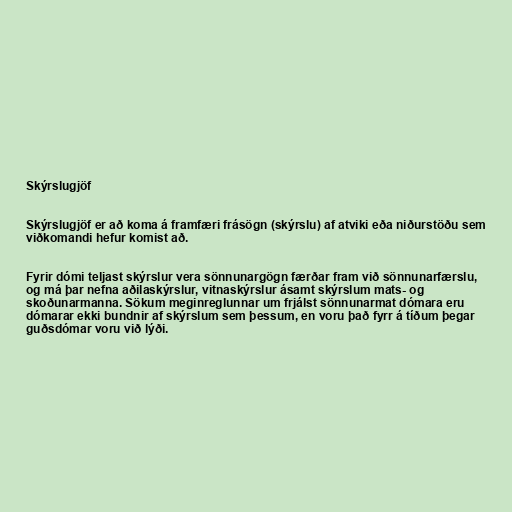
Skýrslugjöf

Skýrslugjöf er að koma á framfæri frásögn (skýrslu) af atviki eða niðurstöðu sem
viðkomandi hefur komist að.

Fyrir dómi teljast skýrslur vera sönnunargögn færðar fram við sönnunarfærslu,
og má þar nefna aðilaskýrslur, vitnaskýrslur ásamt skýrslum mats- og
skoðunarmanna. Sökum meginreglunnar um frjálst sönnunarmat dómara eru
dómarar ekki bundnir af skýrslum sem þessum, en voru það fyrr á tíðum þegar
guðsdómar voru við lýði.